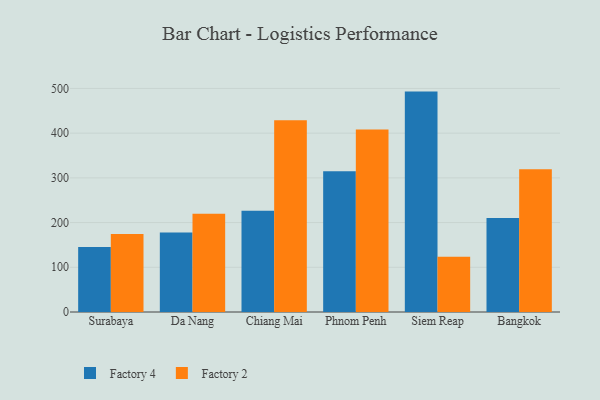
{"axis": {"x": "City", "y": "Conversion Rate (%)"}, "legend": ["Factory 2", "Factory 4"], "data": [{"x": "Surabaya", "y": 145.5, "type": "Factory 4"}, {"x": "Surabaya", "y": 174.4, "type": "Factory 2"}, {"x": "Da Nang", "y": 178.0, "type": "Factory 4"}, {"x": "Da Nang", "y": 219.8, "type": "Factory 2"}, {"x": "Chiang Mai", "y": 226.2, "type": "Factory 4"}, {"x": "Chiang Mai", "y": 428.9, "type": "Factory 2"}, {"x": "Phnom Penh", "y": 314.8, "type": "Factory 4"}, {"x": "Phnom Penh", "y": 408.1, "type": "Factory 2"}, {"x": "Siem Reap", "y": 492.9, "type": "Factory 4"}, {"x": "Siem Reap", "y": 123.7, "type": "Factory 2"}, {"x": "Bangkok", "y": 210.4, "type": "Factory 4"}, {"x": "Bangkok", "y": 319.3, "type": "Factory 2"}]}